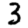
Digit: 3